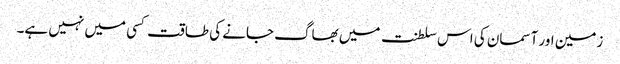
زمین اور آسمان کی اس سلطنت میں بھاگ جانے کی طاقت کسی میں نہیں ہے۔